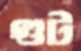
গুট